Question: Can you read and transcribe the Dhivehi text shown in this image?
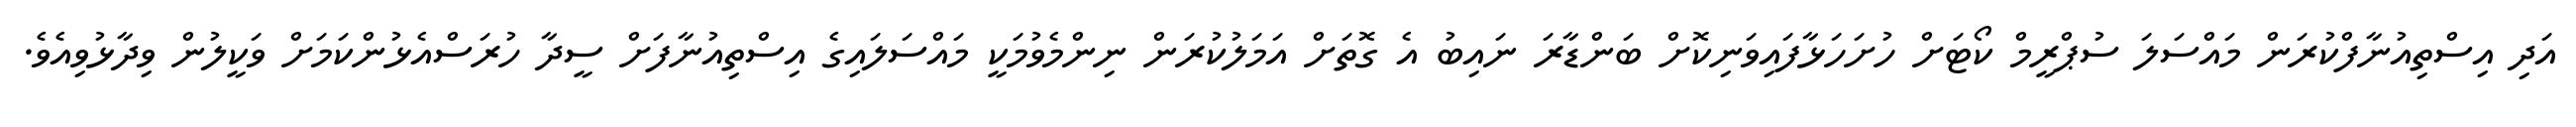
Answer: އަދި އިސްތިއުނާފްކުރަން މައްސަލަ ސުޕްރީމް ކޯޓަށް ހުށަހަޅާފައިވަނިކޮށް ބަންޑާރަ ނައިބު އެ ގޮތަށް އަމަލުކުރަން ނިންމެވުމަކީ މައްސަލައިގެ އިސްތިއުނާފަށް ސީދާ ހުރަސްއެޅުންކަމަށް ވަކީލުން ވިދާޅުވިއެވެ.